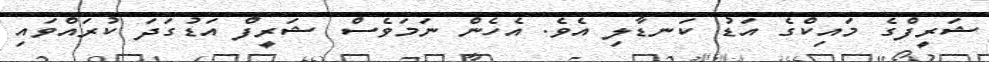
ޝަރީފްގެ މައިކްގެ އަޑު ކަނޑާލި އެވެ. އެހެން ނަމަވެސް ޝަރީފް އަޑުގަދަ ކުރައްވައި